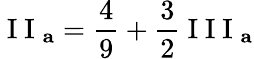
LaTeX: \mathrm{~I~I~}_{\mathbf{a}}=\frac{4}{9}+\frac{3}{2}\mathrm{~I~I~I~}_{\mathbf{a}}